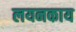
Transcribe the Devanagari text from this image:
लयनकाय